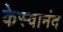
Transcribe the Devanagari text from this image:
केस्वानंद